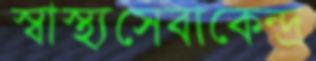
স্বাস্থ্যসেবাকেন্দ্র